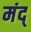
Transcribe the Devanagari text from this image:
मंद्